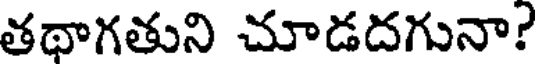
తథాగతుని చూడదగునా?